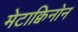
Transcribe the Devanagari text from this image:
मेटाक्विनोन